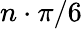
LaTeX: n\cdot\pi/6